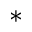
^ *